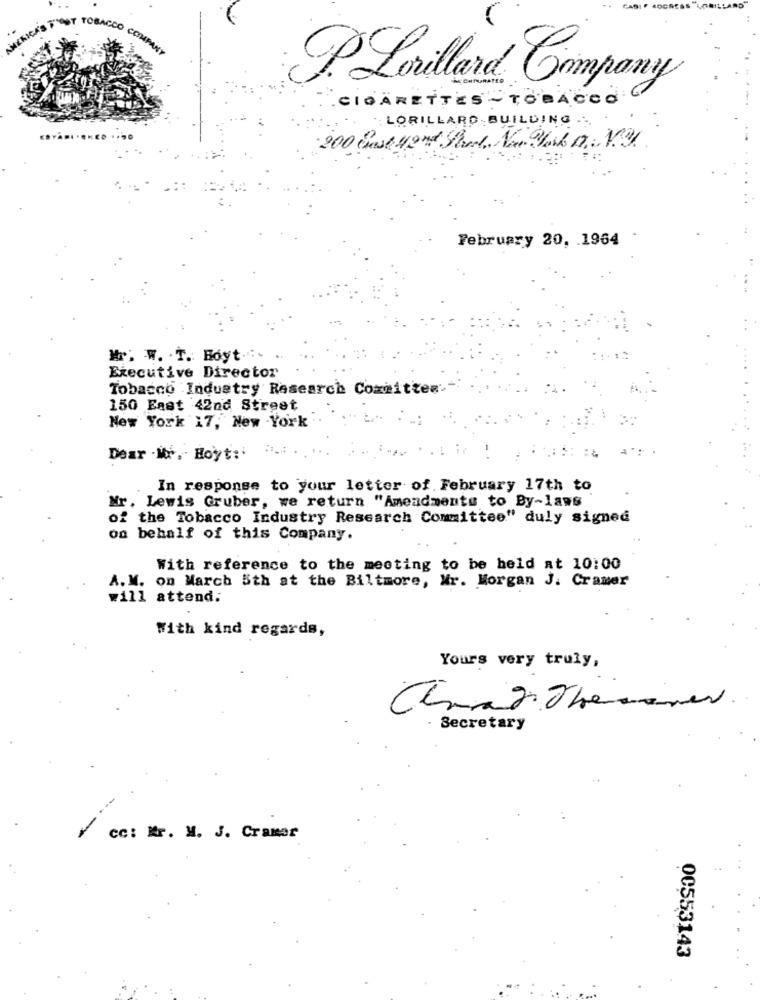
P. Lorillard Company
.CIGARETTES _ TOBACCO
: LORILLARD- BUILDING .
February 20, 1964 .
Mr. W. T. Hoyt .:-
Executive Director
Tobacco Industry Research Committee-
150 East 42nd Street
New York 17, New York
Dear . Mr . Hoyt:'
In response to your letter of February 17th to
Mr. Lewis Gruber, we return "Amendments to By-laws
of the Tobacco Industry Research Committee" duly signed
on behalf of this Company.
With reference to the meeting to be held at 10:00
A. M. on March 5th at the Biltmore, Mr. Morgan J. Cramer
will attend:
With kind regards,
Yours very truly,
Secretary
cc: Mr. M. J. Cramer
00553143